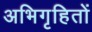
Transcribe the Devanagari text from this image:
अभिगृहितों